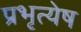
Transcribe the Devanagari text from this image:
प्रभृत्येष